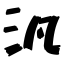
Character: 汎